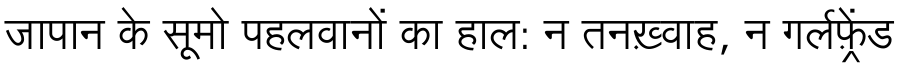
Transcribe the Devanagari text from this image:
जापान के सूमो पहलवानों का हाल: न तनख़्वाह, न गर्लफ़्रेंड